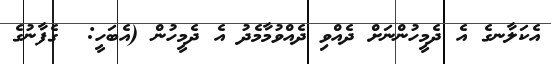
އެކަލާނގެ އެ ދެމީހުންނަށް ދެއްވި ދެއްވުމާމެދު އެ ދެމީހުން (އެބަހީ:  ގެފާނުގެ